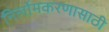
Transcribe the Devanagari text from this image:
निर्लोमकरणासाठी